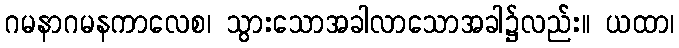
ဂမနာဂမနကာလေစ၊ သွားသောအခါလာသောအခါ၌လည်း။ ယထာ၊